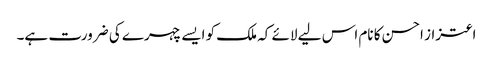
اعتزاز احسن کا نام اس لیے لائے کہ ملک کو ایسے چہرے کی ضرورت ہے۔